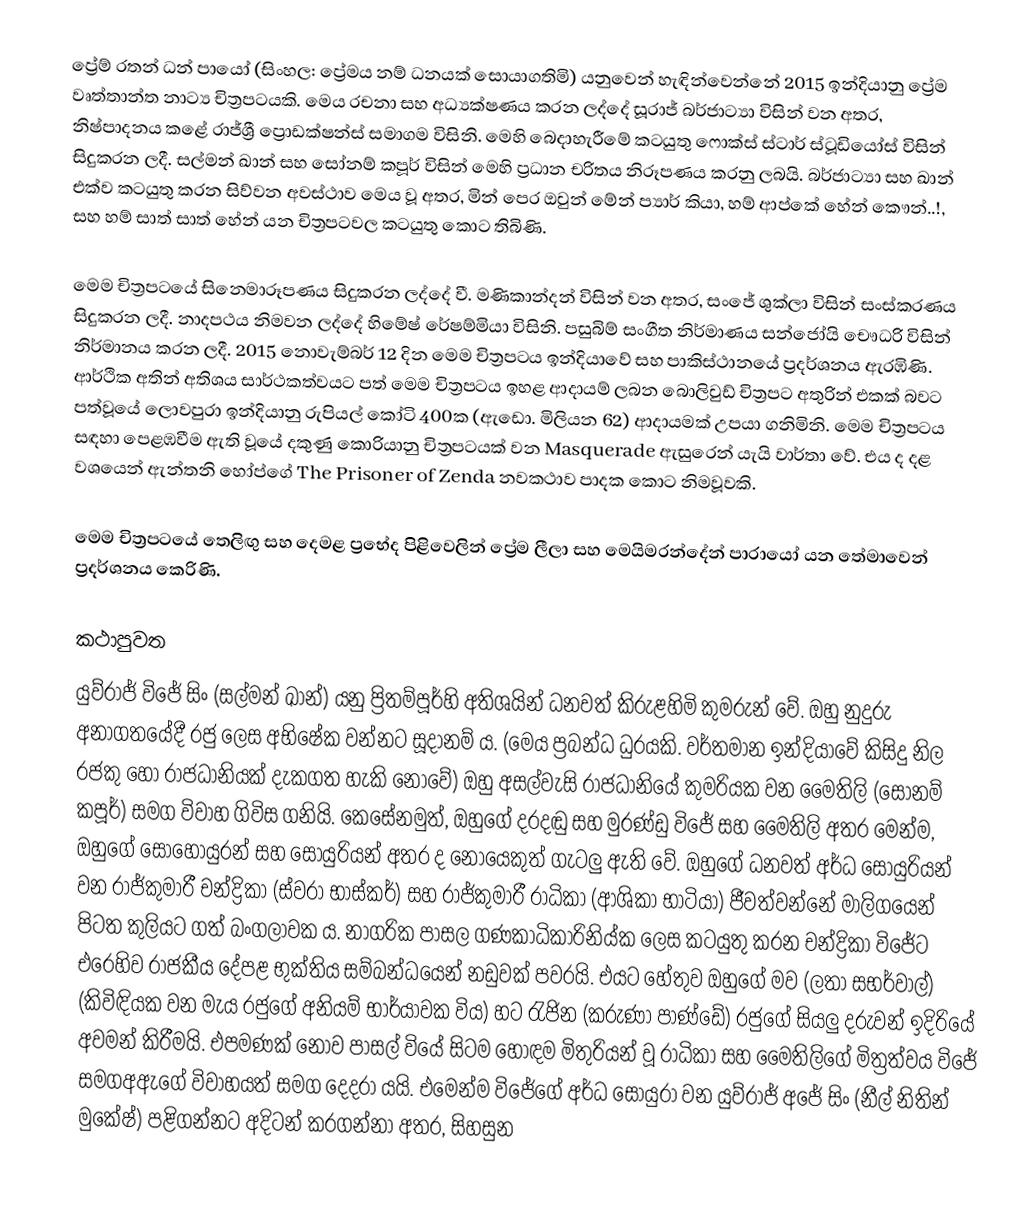
ප්‍රේම් රතන් ධන් පායෝ (සිංහල: ප්‍රේමය නම් ධනයක් සොයාගතිමි) යනුවෙන් හැඳින්වෙන්නේ 2015 ඉන්දියානු ප්‍රේම වෘත්තාන්ත නාට්‍ය චිත්‍රපටයකි. මෙය රචනා සහ අධ්‍යක්ෂණය කරන ලද්දේ සූරාජ් බර්ජාට්‍යා විසින් වන අතර, නිෂ්පාදනය කළේ රාජ්ශ්‍රී ප්‍රොඩක්ෂන්ස් සමාගම විසිනි. මෙහි බෙදාහැරීමේ කටයුතු ෆොක්ස් ස්ටාර් ස්ටූඩියෝස් විසින් සිදුකරන ලදී. සල්මන් ඛාන් සහ සෝනම් කපූර් විසින් මෙහි ප්‍රධාන චරිතය නිරූපණය කරනු ලබයි. බර්ජාට්‍යා සහ ඛාන් එක්ව කටයුතු කරන සිව්වන අවස්ථාව මෙය වූ අතර, මින් පෙර ඔවුන් මේන් ප්‍යාර් කියා, හම් ආප්කේ හේන් කෞන්..!, සහ හම් සාත් සාත් හේන් යන චිත්‍රපටවල කටයුතු කොට තිබිණි.

මෙම චිත්‍රපටයේ සිනෙමාරූපණය සිදුකරන ලද්දේ වී. මණිකාන්දන් විසින් වන අතර, සංජේ ශුක්ලා විසින් සංස්කරණය සිදුකරන ලදී. නාදපථය නිමවන ලද්දේ හිමේෂ් රේෂම්මියා විසිනි. පසුබිම් සංගීත නිර්මාණය සන්ජෝයි චෞධරි විසින් නිර්මානය කරන ලදී. 2015 නොවැම්බර් 12 දින මෙම චිත්‍රපටය ඉන්දියාවේ සහ පාකිස්ථානයේ ප්‍රදර්ශනය ඇරඹිණි. ආර්ථික අතින් අතිශය සාර්ථකත්වයට පත් මෙම චිත්‍රපටය ඉහළ ආදායම් ලබන බොලිවුඩ් චිත්‍රපට අතුරින් එකක් බවට පත්වූයේ ලොවපුරා ඉන්දියානු රුපියල් කෝටි 400ක (ඇඩො. මිලියන 62) ආදායමක් උපයා ගනිමිනි. මෙම චිත්‍රපටය සඳහා පෙළඹවීම ඇති වූයේ දකුණු කොරියානු චිත්‍රපටයක් වන Masquerade ඇසුරෙන් යැයි වාර්තා වේ. එය ද දළ වශයෙන් ඇන්තනි හෝප්ගේ The Prisoner of Zenda නවකථාව පාදක කොට නිමවූවකි.

මෙම චිත්‍රප‍ටයේ තෙලිඟු සහ දෙමළ ප්‍රභේද පිළිවෙලින් ප්‍රේම ලීලා සහ මෙයිමරන්දේන් පාරායෝ යන තේමාවෙන් ප්‍රදර්ශනය කෙරිණි.

කථාපුවත
යුව්රාජ් විජේ සිං (සල්මන් ඛාන්) යනු ප්‍රිතම්පූර්හි අතිශයින් ධනවත් කිරුළහිමි කුමරුන් වේ. ඔහු නුදුරු අනාග‍තයේදී රජු ලෙස අභිෂේක වන්නට සූදානම් ය. (මෙය ප්‍රබන්ධ ධුරයකි. වර්තමාන ඉන්දියාවේ කිසිදු නිල රජකු හෝ රාජධානියක් දැකගත හැකි නොවේ) ඔහු අසල්වැසි රාජධානියේ කුමරියක වන මෛතිලි (සෝනම් කපූර්) සමග විවාහ ගිවිස ගනියි. කෙසේනමුත්, ඔහුගේ දරදඬු සහ මුරණ්ඩු විජේ සහ මෛතිලි අතර මෙන්ම, ඔහුගේ සොහොයුරන් සහ සොයුරියන් අතර ද නොයෙකුත් ගැටලු ඇති වේ. ඔහුගේ ධනවත් අර්ධ සොයුරියන් වන රාජ්කුමාරී චන්ද්‍රිකා (ස්වරා භාස්කර්) සහ රාජ්කුමාරී රාධිකා (ආශිකා භාටියා) ජීවත්වන්නේ මාලිගයෙන් පිටත කුලියට ගත් බංගලාවක ය. නාගරික පාසල ගණකාධිකාරිනිය්ක ලෙස කටයුතු කරන චන්ද්‍රිකා විජේට එරෙහිව රාජකීය දේපළ භුක්තිය සම්බන්ධයෙන් නඩුවක් පවරයි. එයට හේතුව ඔහුගේ මව (ලතා සභර්වාල්) (කිවිඳියක වන මැය රජුගේ අනියම් භාර්යාවක විය) හට රැජින (කරුණා පාණ්ඩේ) රජුගේ සියලු දරුවන් ඉදිරියේ අවමන් කිරීමයි. එපමණක් නොව පාසල් වියේ සිටම හොඳම මිතුරියන් වූ රාධිකා සහ මෛතිලිගේ මිත්‍රත්වය විජේ සමගඅඇගේ විවාහයත් සමග දෙදරා යයි. එමෙන්ම විජේගේ අර්ධ සොයුරා වන යුව්රාජ් අජේ සිං (නීල් නිතින් මුකේෂ්) පළිගන්නට අදිටන් කරගන්නා අතර, සිහසුන